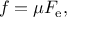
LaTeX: f = \mu F _ { \mathrm { e } } ,